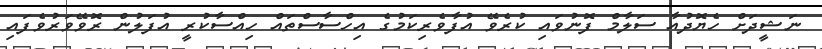
ނަޝީދަށް ހެޔޮދުއާ ސަލާމް ފޮނުވައި ކުރެވޭ އުފާވެރިކަމުގެ އިހްސާސްތައް ހިއްސާކުރީ އުފަލުން ރޮވޭވަރުވެފައި